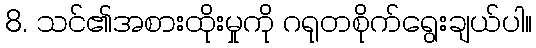
8. သင်၏အစားထိုးမှုကို ဂရုတစိုက်ရွေးချယ်ပါ။